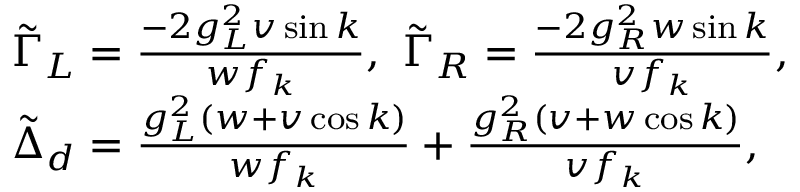
\begin{array} { r l } & { \tilde { \Gamma } _ { L } = \frac { - 2 g _ { L } ^ { 2 } v \sin k } { w f _ { k } } , ~ \tilde { \Gamma } _ { R } = \frac { - 2 g _ { R } ^ { 2 } w \sin k } { v f _ { k } } , } \\ & { \tilde { \Delta } _ { d } = \frac { g _ { L } ^ { 2 } ( w + v \cos k ) } { w f _ { k } } + \frac { g _ { R } ^ { 2 } ( v + w \cos k ) } { v f _ { k } } , } \end{array}